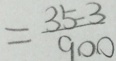
= \frac { 3 5 - 3 } { 9 0 0 }